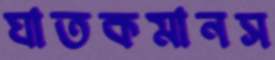
ঘাতকমানস